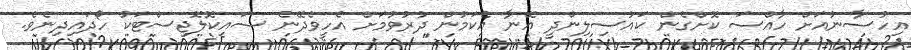
އިހުސާނުއަށް ހާއްސަ ކޮށްގެން ކައުސިލިންދީ އޭނާ އެކަމުން ދުރުވުމަށް އެހީވެދޭނެ ސައިކޮލޮޖިސްޓަކު ހޯދައިދިނެވެ.